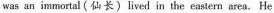
was an in mortal (仙卡)lived in the eastern area. He